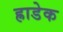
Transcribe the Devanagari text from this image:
ह्राडेक